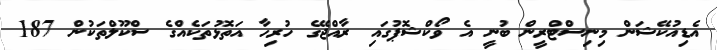
އެޑިއުކޭޝަން މިނިސްޓްރީން ބުނީ އެ ވޯކްޝޮޕުގައި ރާއްޖޭގެ ހުރިހާ އަތޮޅުތަކެއްގެ ސްކޫލްތަކުން 187